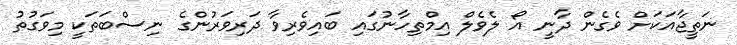
ނަތީޖާއަކަށް ވެގެން ދާނީ އޯ ލެވެލް އިމްތިހާނުގައި ބައިވެރިވާ ދަރިވަރުންގެ ނިސްބަތަކީ މިވަގުތު